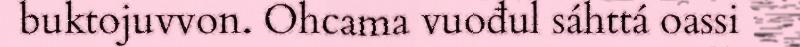
buktojuvvon. Ohcama vuođul sáhttá oassi